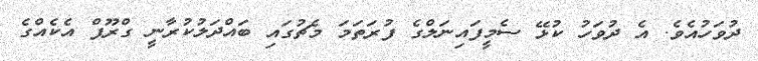
ދުވަހުއެވެ. އެ ދުވަހު ކުޅޭ ސެމީފައިނަލްގެ ފުރަތަމަ މެޗުގައި ބައްދަލުކުރާނީ ގްރޫޕް އެކެއްގެ